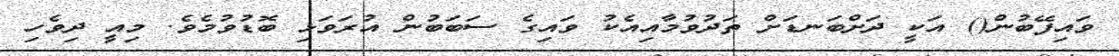
ވައިފޭބުން() އަކީ ދަށްބަނޑަށް ތަދުވުމާއިއެކު ވައިގެ ސަބަބުން އުރަވަޅި ބޮޑުވުމެވެ. މިއީ ދިވެހި